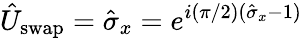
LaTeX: \hat{U}_{\mathrm{swap}}=\hat{\sigma}_{x}=e^{i(\pi/2)(\hat{\sigma}_{x}-1)}